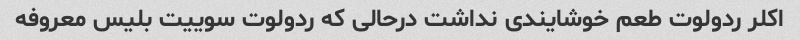
اکلر ردولوت طعم خوشایندی نداشت درحالی که ردولوت سوییت بلیس معروفه